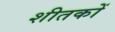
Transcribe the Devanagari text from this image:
शीतकों